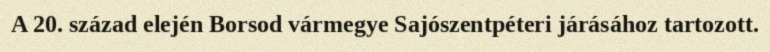
A 20. század elején Borsod vármegye Sajószentpéteri járásához tartozott.